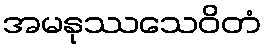
အမနုဿသေဝိတံ